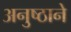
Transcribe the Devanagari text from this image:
अनुष्ठाने